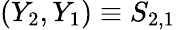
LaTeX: (Y_{2},Y_{1})\equiv S_{2,1}